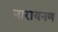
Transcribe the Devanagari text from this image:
नारायनण